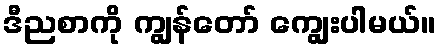
ဒီညစာကို ကျွန်တော် ကျွေးပါမယ်။